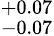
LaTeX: ^{+0.07}_{-0.07}